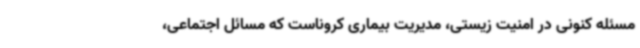
مسئله کنونی در امنیت زیستی، مدیریت بیماری کروناست که مسائل اجتماعی،